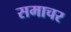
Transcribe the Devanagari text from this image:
समाचर